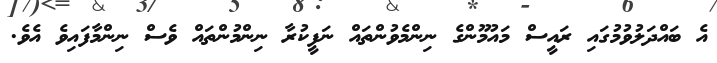
އެ ބައްދަލުވުމުގައި ރައީސް މައުމޫންގެ ނިންމެވުންތައް ނަފީކުރާ ނިންމުންތައް ވެސް ނިންމާފައިވެ އެވެ.